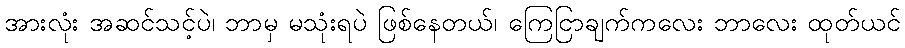
အားလုံး အဆင်သင့်ပဲ၊ ဘာမှ မသုံးရပဲ ဖြစ်နေတယ်၊ ကြေငြာချက်ကလေး ဘာလေး ထုတ်ယင်